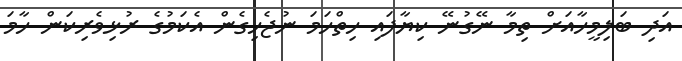
އަދި ބަލިމީހާއަށް ތިމާ ނޭގުނޭ ކިޔާފައި ހިތްހަމަ ނުޖެހިގެން އެކަމުގެ ރުޅިވެރިކަން ހާމަ